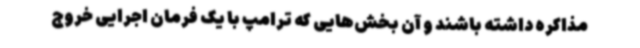
مذاکره داشته باشند و آن بخش‌هایی که ترامپ با یک فرمان اجرایی خروج